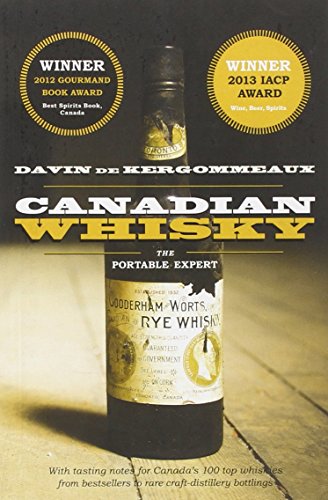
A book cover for Canadian Whisky: The Portable Expert; Davin de Kergommeaux; Cookbooks, Food & Wine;